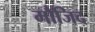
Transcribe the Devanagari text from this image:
मौजिद